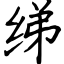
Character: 绨